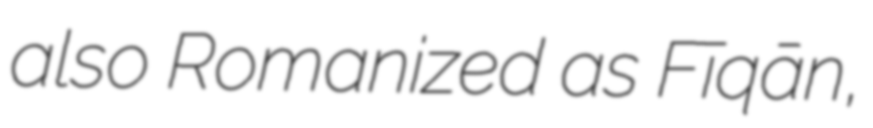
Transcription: also Romanized as Fīqān,